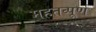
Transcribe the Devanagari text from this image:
महतव्पूर्ण